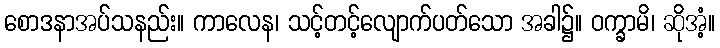
စောဒနာအပ်သနည်း။ ကာလေန၊ သင့်တင့်လျောက်ပတ်သော အခါ၌။ ဝက္ခာမိ၊ ဆိုအံ့။